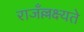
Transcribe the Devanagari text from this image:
राजँल्लक्ष्यते